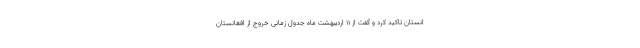
انستان تاکید کرد و گفت از ۱۱ اردیبهشت ماه جدول زمانی خروج از افغانستان